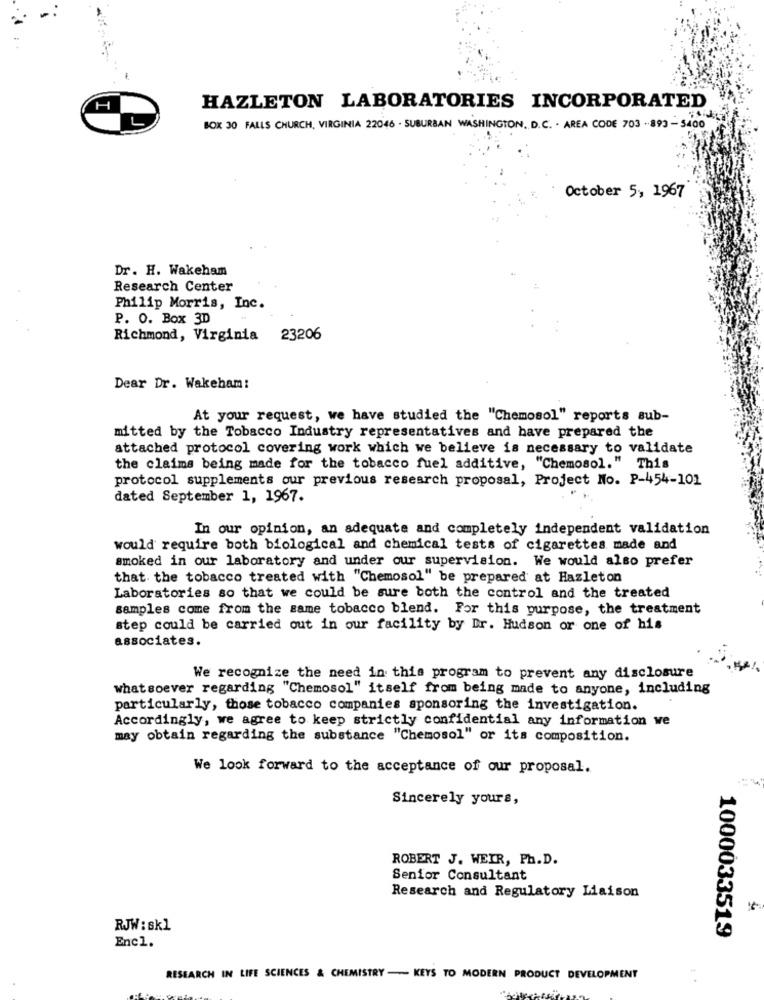
H
HAZLETON LABORATORIES INCORPORATED
BOX 30 FALLS CHURCH, VIRGINIA 22046 . SUBURBAN WASHINGTON, D.C. - AREA CODE 703 - 893 - 5400
October 5, 1967
Dr. H. Wakeham
Research Center
Philip Morris, Inc.
P. O. Box 3D
Richmond, Virginia 23206
Dear Dr. Wakeham:
At your request, we have studied the "Chemosol" reports sub-
mitted by the Tobacco Industry representatives and have prepared the
attached protocol covering work which we believe is necessary to validate
the claims being made for the tobacco fuel additive, "Chemosol." This
protocol supplements our previous research proposal, Project No. P-454-101
dated September 1, 1967.
In our opinion, an adequate and completely independent validation
would require both biological and chemical tests of cigarettes made and
smoked in our laboratory and under our supervision. We would also prefer
that the tobacco treated with "Chemosol" be prepared at Hazleton
Laboratories so that we could be sure both the control and the treated
samples come from the same tobacco blend. For this purpose, the treatment
step could be carried out in our facility by Dr. Hudson or one of his
associates.
We recognize the need in this program to prevent any disclosure
whatsoever regarding "Chemosol" itself from being made to anyone, including
particularly, those tobacco companies sponsoring the investigation.
Accordingly, we agree to keep strictly confidential any information we
may obtain regarding the substance "Chemosol" or its composition.
We look forward to the acceptance of our proposal.
Sincerely yours,
ROBERT J. WEIR, Ph.D.
Senior Consultant
Research and Regulatory Liaison
RJW : skl
1000033519
Encl.
£
RESEARCH IN LIFE SCIENCES & CHEMISTRY - KEYS TO MODERN PRODUCT DEVELOPMENT